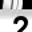
Digit: 2